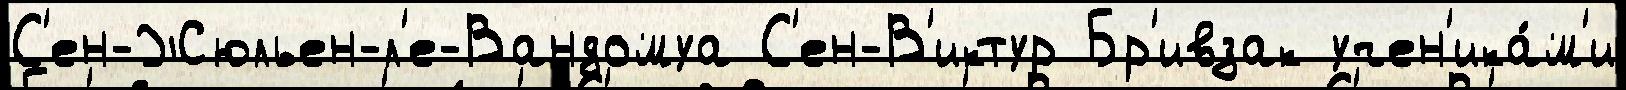
С'ен-Жюльен-л'е-Вандомуа С'ен-В'иктур Бр'ивзак учен'ика́м'и